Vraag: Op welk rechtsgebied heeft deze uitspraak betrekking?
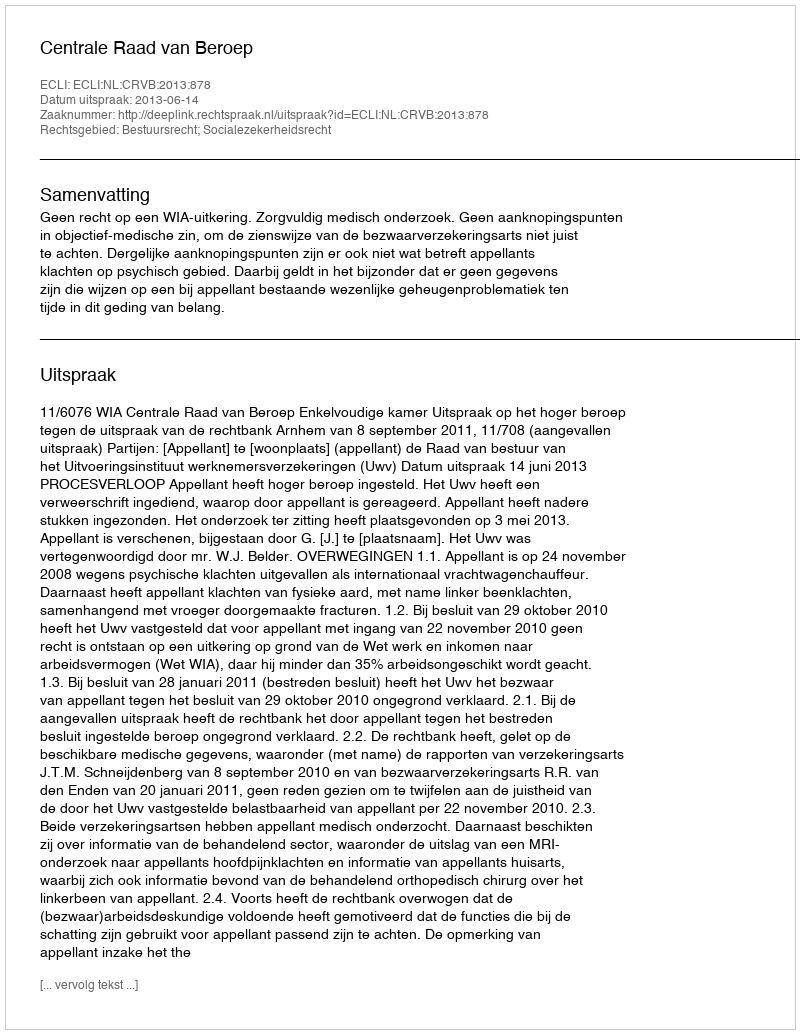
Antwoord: Bestuursrecht; Socialezekerheidsrecht